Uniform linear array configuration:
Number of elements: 64
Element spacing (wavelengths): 0.25
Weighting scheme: hamming
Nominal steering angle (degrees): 0
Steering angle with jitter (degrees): -0.2053
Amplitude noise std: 0.05
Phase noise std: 0.05

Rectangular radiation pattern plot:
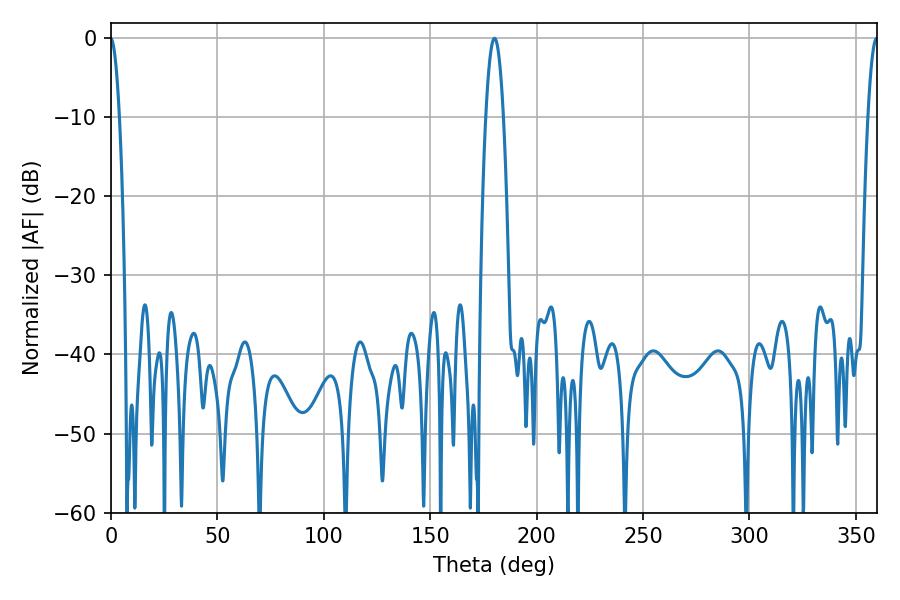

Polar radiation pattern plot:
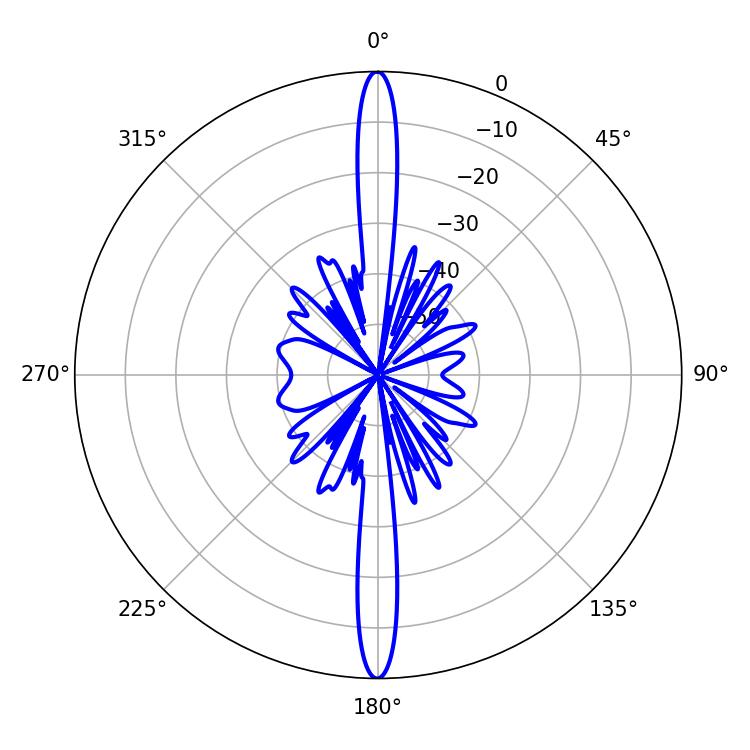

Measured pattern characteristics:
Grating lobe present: FALSE
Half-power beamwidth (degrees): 4.5
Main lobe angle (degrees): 180.18